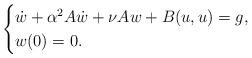
LaTeX: \begin{align*}\begin{cases}\dot{w}+\alpha^2A\dot{w} +\nu Aw+B(u,u)=g,\\w(0)=0.\end{cases}\end{align*}